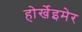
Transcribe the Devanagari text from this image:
होर्खेइमेर